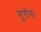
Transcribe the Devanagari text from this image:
यूरोप।